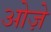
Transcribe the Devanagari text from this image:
ओज़े